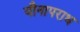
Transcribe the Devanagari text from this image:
यौनापराध